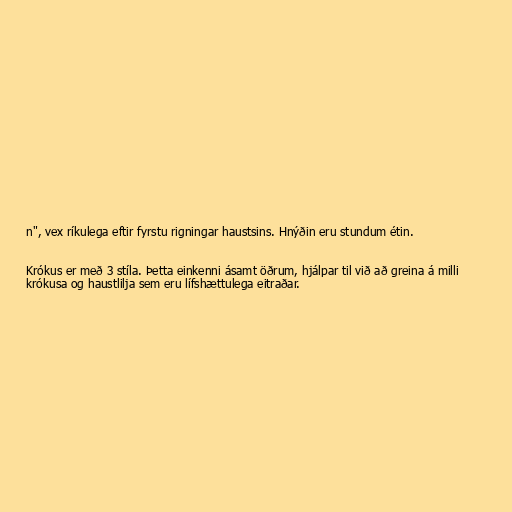
n", vex ríkulega eftir fyrstu rigningar haustsins. Hnýðin eru stundum étin.

Krókus er með 3 stíla. Þetta einkenni ásamt öðrum, hjálpar til við að greina á milli
krókusa og haustlilja sem eru lífshættulega eitraðar.